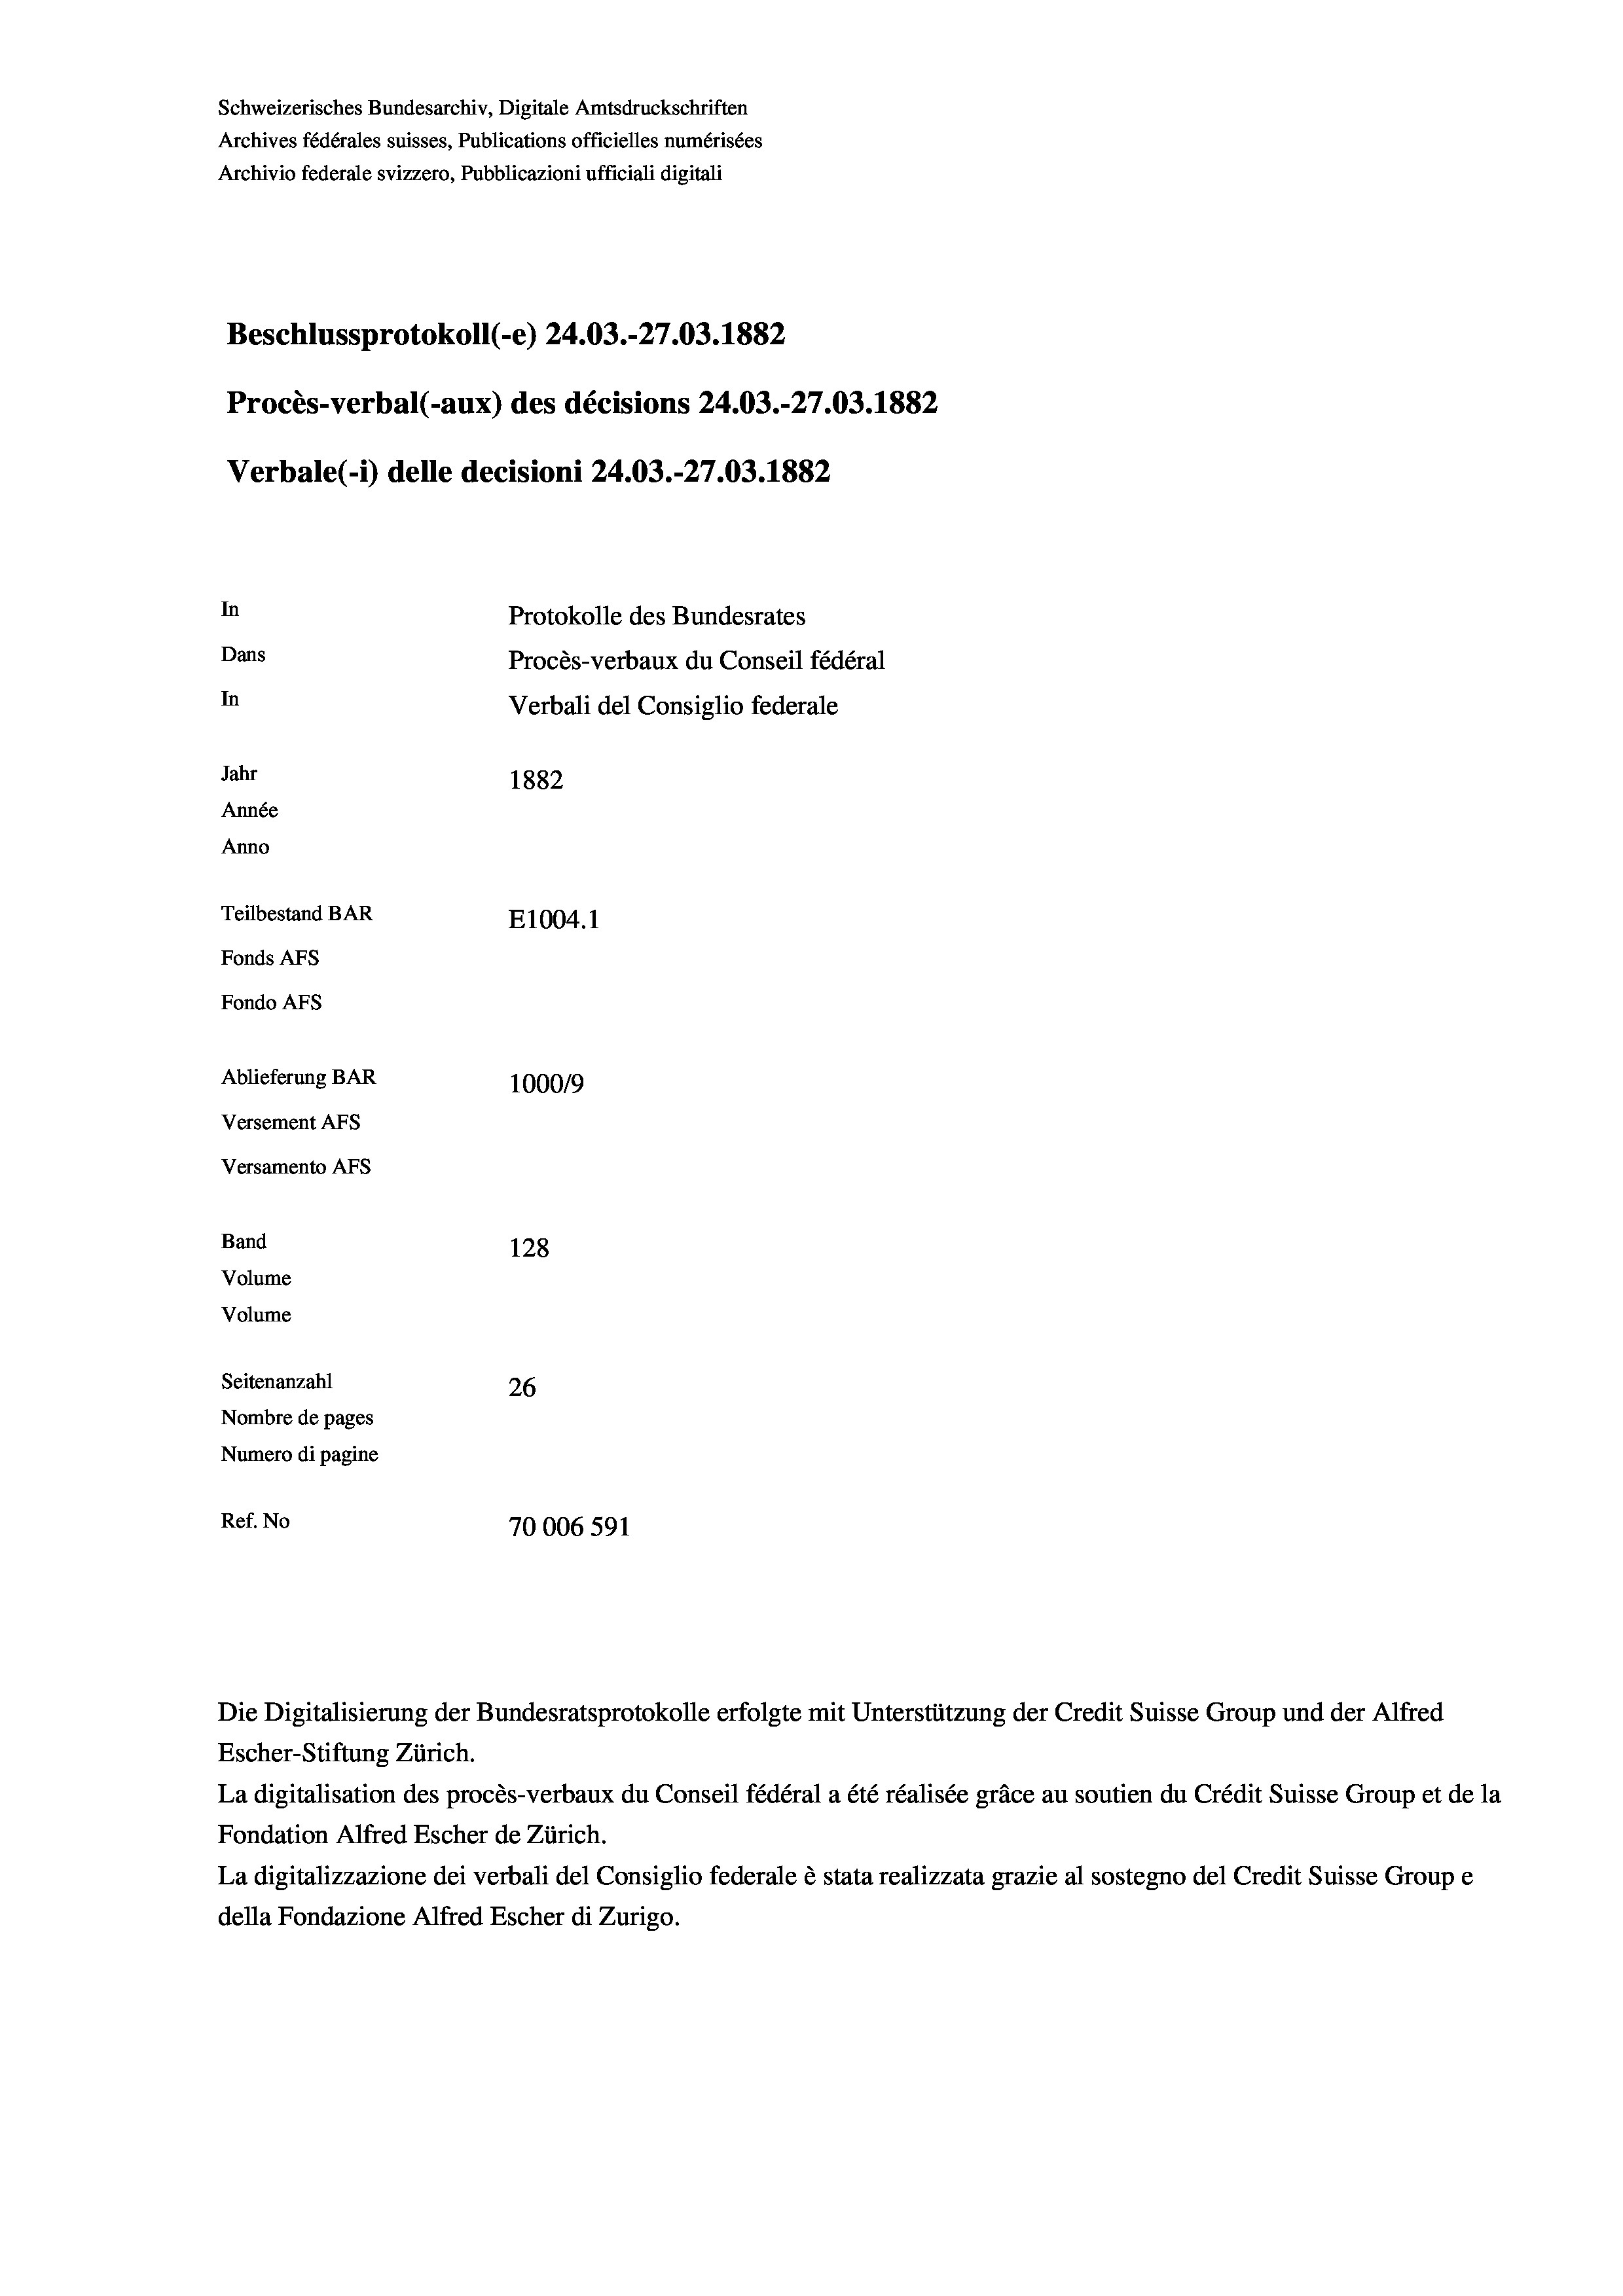
Schweizerisches Bundesarchiv, Digitale Amtsdruckschriften
Archives fédérales suisses, Publications officielles numérisées
Archivio federale svizzero, Pubblicazioni ufficiali digitali
Beschlussprotokoll (-e) 24.03.-27.03. 1882
Procès-verbal (-aux) des décisions 24.03.-27.03. 1882
Verbale(-*) delle decisioni 24.03.-27.03. 1882
In
Protokolle des Bundesrates
Dans
Procès-verbaux du Conseil fédéral
In
Verbali del Consiglio federale
Jahr
1882
Année
Anno
Teilbestand BAR
E1004. 1
Fonds AFs
Fondo Afs
Ablieferung BAR
100019
Versement AFs
Versamento Afs
Band
128
Volume
Volume
Seitenanzahl
26
Nombre de pages
Numero di pagine
Ref. No
70006591

Die Digitalisierung der Bundesratsprotokolle erfolgte mit Unterstützung der Credit Suisse Group und der Alfred
Escher-Stiftung Zürich.
La digitalisation des procès-verbaux du Conseil fédéral a été réalisée gräce au soutien du Crédit Suisse Group et de la
Fondation Alfred Escher de Zürich.
La digitalizzazione dei verbali del Consiglio federale è stata realizzata grazie al sostegno del Credit Suisse Groupe
della Fondazione Alfred Escher di Zurigo.